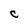
Character: C